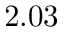
2 . 0 3